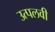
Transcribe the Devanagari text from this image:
उत्पलवी